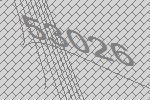
53026